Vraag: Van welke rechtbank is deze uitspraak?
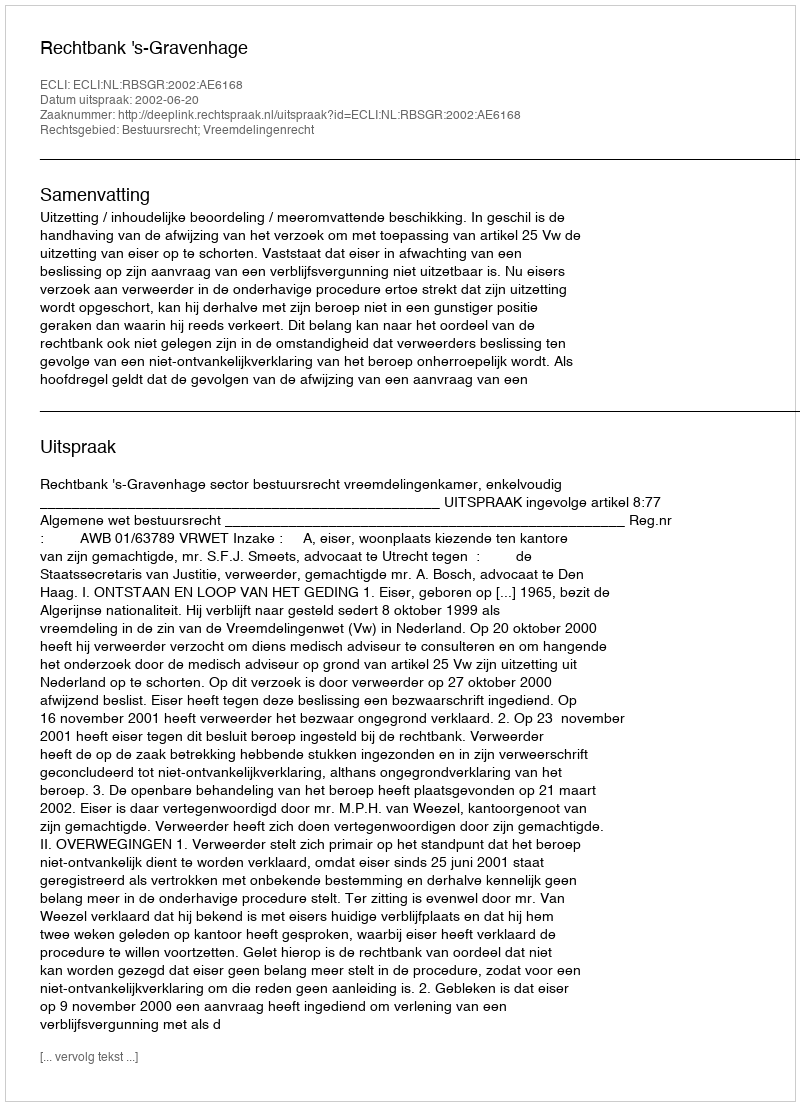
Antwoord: Rechtbank 's-Gravenhage